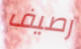
رصيف